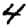
Digit: 4